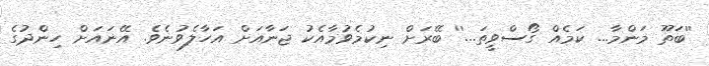
''ބަތޫ މަންމާ... ކަމެއް ގޯސްވީތަ...'' ބޭރަށް ނިކުމެވުމާއެކު ޖަނާއަށް އަހާލެވުނެވެ. އޭނައަށް ހިންދުގެ